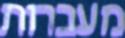
מעברות